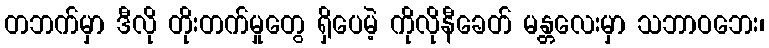
တဘက်မှာ ဒီလို တိုးတက်မှုတွေ ရှိပေမဲ့ ကိုလိုနီခေတ် မန္တလေးမှာ သဘာဝဘေး၊